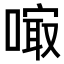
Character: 𠻕